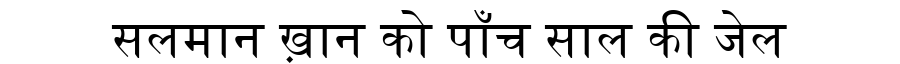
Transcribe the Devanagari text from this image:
सलमान ख़ान को पाँच साल की जेल